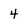
Character: 4